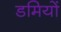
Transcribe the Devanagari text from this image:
डमियों